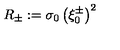
R _ { \pm } : = \sigma _ { 0 } \left( \xi _ { 0 } ^ { \pm } \right) ^ { 2 }